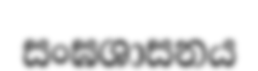
සංඝශාසනය